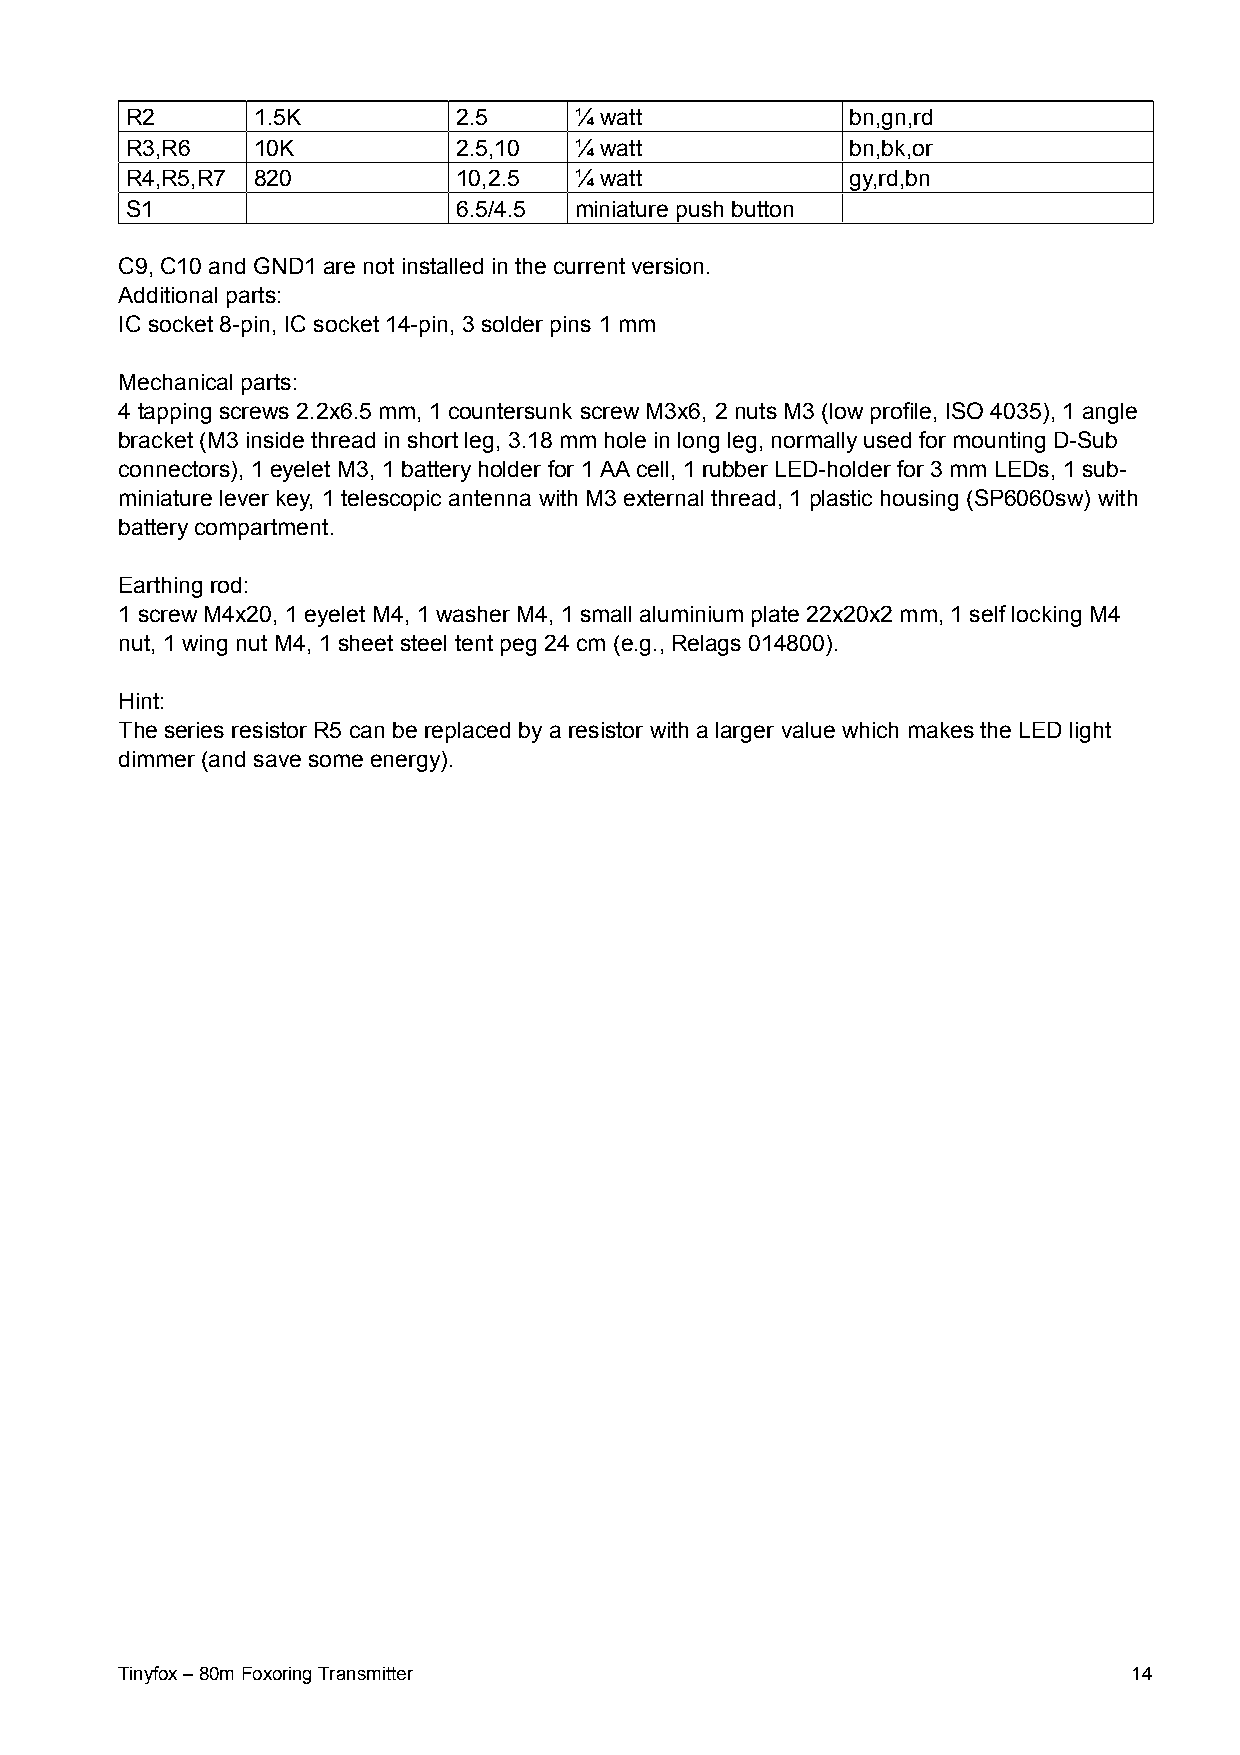
R2       1.5K         2.5     ¼ watt            bn,gn,rd
 R3,R6    10K          2.5,10  ¼ watt            bn,bk,or
 R4,R5,R7 820          10,2.5  ¼ watt            gy,rd,bn
 S1                    6.5/4.5 miniature push button
 C9, C10 and GND1 are not installed in the current version.
 Additional parts:
 IC socket 8-pin, IC socket 14-pin, 3 solder pins 1 mm
 Mechanical parts:
 4 tapping screws 2.2x6.5 mm, 1 countersunk screw M3x6, 2 nuts M3 (low profile, ISO 4035), 1 angle
 bracket (M3 inside thread in short leg, 3.18 mm hole in long leg, normally used for mounting D-Sub
 connectors), 1 eyelet M3, 1 battery holder for 1 AA cell, 1 rubber LED-holder for 3 mm LEDs, 1 sub-
 miniature lever key, 1 telescopic antenna with M3 external thread, 1 plastic housing (SP6060sw) with
 battery compartment.
 Earthing rod:
 1 screw M4x20, 1 eyelet M4, 1 washer M4, 1 small aluminium plate 22x20x2 mm, 1 self locking M4
 nut, 1 wing nut M4, 1 sheet steel tent peg 24 cm (e.g., Relags 014800).
 Hint:
 The series resistor R5 can be replaced by a resistor with a larger value which makes the LED light
 dimmer (and save some energy).
 Tinyfox – 80m Foxoring Transmitter                                 14